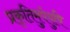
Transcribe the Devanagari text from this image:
प्रकृतिमुपेयुषि